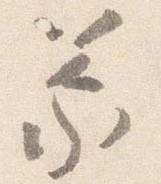
蒙